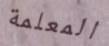
المعلمة